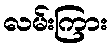
လမ်းကြား